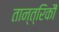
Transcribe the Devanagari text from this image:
तान्त्रिकौं